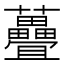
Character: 𫊜